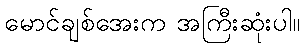
မောင်ချစ်အေးက အကြီးဆုံးပါ။